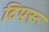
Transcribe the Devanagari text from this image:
टिपरू